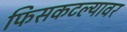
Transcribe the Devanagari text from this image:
फिसकटल्यावर